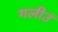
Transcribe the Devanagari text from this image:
गलीउं